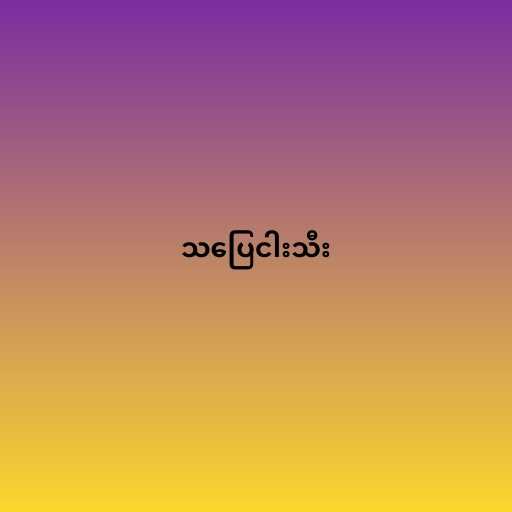
သပြေငါးသီး